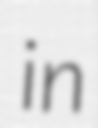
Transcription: in